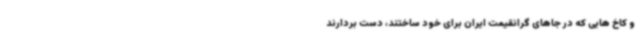
و کاخ هایی که در جاهای گرانقیمت ایران برای خود ساختند، دست بردارند